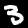
Digit: 3